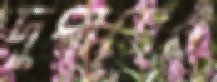
দুপাশেও